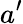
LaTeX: a^{\prime}